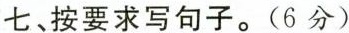
七、按要求写句子。(6分)